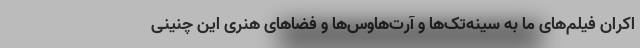
اکران فیلم‌های ما به سینه‌تک‌ها و آرت‌هاوس‌ها و فضاهای هنری این چنینی